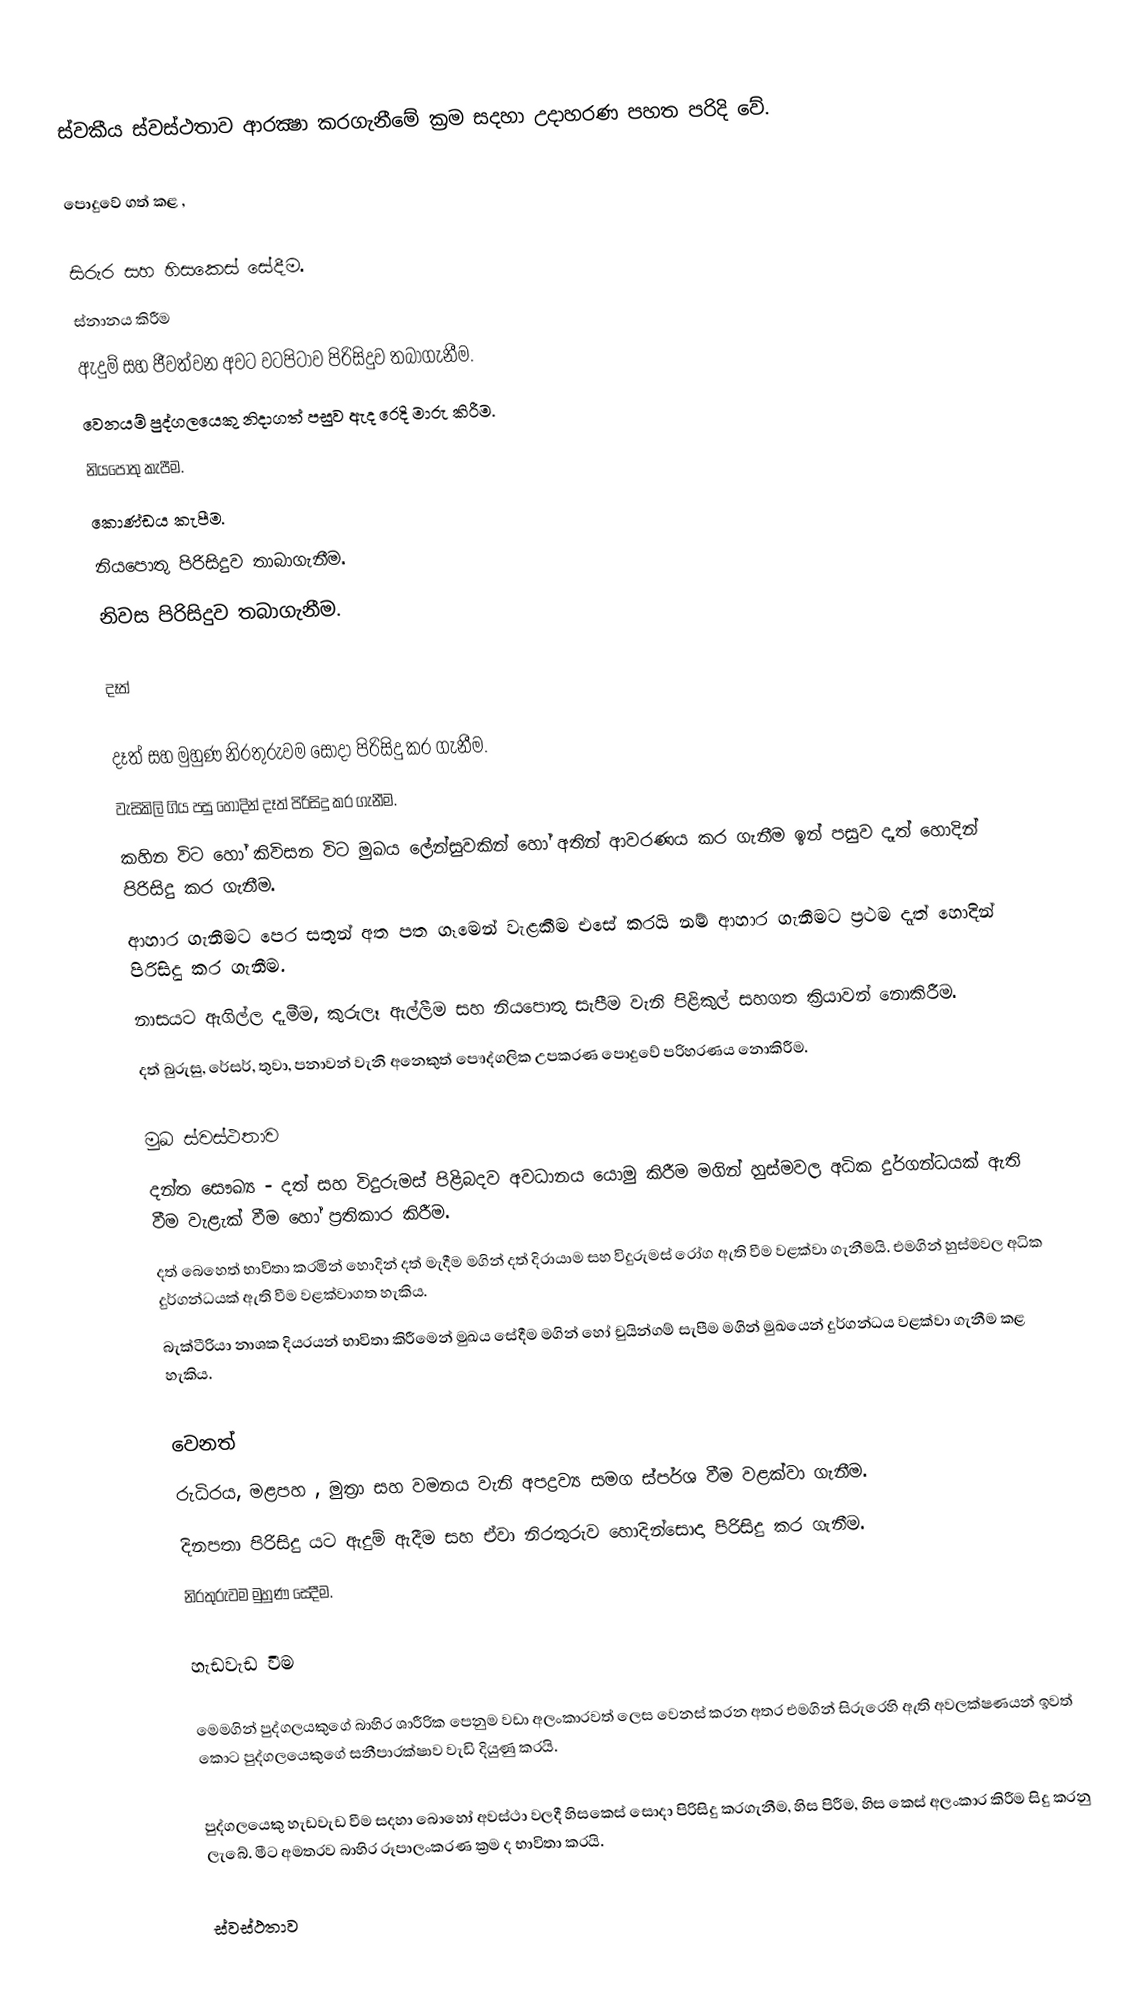
ස්වකීය ස්වස්ථතාව ආරක්‍ෂා කරගැනීමේ ක්‍රම සදහා උදාහරණ පහත පරිදි වේ.

පොදුවේ ගත් කළ ,

	සිරුර සහ හිසකෙස් සේදීම.
	ස්නානය කිරීම
	ඇදුම් සහ ජීවත්වන අවට වටපිටාව පිරිසිදුව තබාගැනීම.
	වෙනයම් පුද්ගලයෙකු නිදාගත් පසුව ඇද රෙදි මාරු කිරීම.
	නියපොතු කැපීම.
	කොණ්ඩය කැපීම.
	නියපොතු පිරිසිදුව තාබාගැනීම.
	නිවස පිරිසිදුව තබාගැනීම.

දෑත්

	දෑත් සහ මුහුණ නිරතුරුවම සොදා පිරිසිදු කර ගැනීම.
	වැසිකිලි ගිය පසු හොදින් දෑත් පිරිසිදු කර ගැනීම.
	කහින විට හෝ කිවිසන විට මුඛය ලේන්සුවකින් හෝ අතින් ආවරණය කර ගැනීම ඉන් පසුව දෑත් හොදින් පිරිසිදු කර ගැනීම.
	ආහාර ගැනීමට පෙර සතුන් අත පත ගෑමෙන් වැළකීම එසේ කරයි නම් ආහාර ගැනීමට ප්‍රථම දෑත් හොදින් පිරිසිදු කර ගැනීම.
	නාසයට ඇගිල්ල දෑමීම, කුරුලෑ ඇල්ලීම සහ නියපොතු සැපීම වැනි පිළිකුල් සහගත ක්‍රියාවන් නොකිරීම.
	දත් බුරුසු, රේසර්, තුවා, පනාවන් වැන‍ි අනෙකුත් පෞද්ගලික උපකරණ පොදුවේ පරිහරණය නොකිරීම.

මුඛ ‍ස්වස්ථතාව
	දන්ත සෞඛ්‍ය - දත් සහ විදුරුමස් පිළිබදව අවධානය යොමු කිරීම මගින් හුස්මවල අධික දුර්ගන්ධයක් ඇති වීම වැළැක් වීම හෝ ප්‍රතිකාර කිරීම.
	දත් බෙහෙත් භාවිතා කරමින් හොදින් දත් මැදීම මගින් දත් දිරායාම සහ විදුරුමස් රෝග ඇති වීම වළක්වා ගැනීමයි. එමගින් හුස්මවල අධික දුර්ගන්ධයක් ඇති වීම වළක්වාගත හැකිය.
	බැක්ටීරියා නාශක දියරයන් භාවිතා කිරීමෙන් මුඛය සේදීම මගින් හෝ චුයින්ගම් සැපීම මගින් මුඛයෙන් දුර්ගන්ධය වළක්වා ගැනීම කළ හැකිය.

වෙනත්
	රුධිරය, මළපහ , මුත්‍රා සහ වමනය වැනි අපද්‍රව්‍ය සමග ස්පර්ශ වීම වළක්වා ගැනීම.
	දිනපතා පිරිසිදු යට ඇදුම් ඇදීම සහ ඒවා නිරතුරුව හොදින්සොදා පිරිසිදු කර ගැනීම.
	නිරතුරුවම මුහුණ සේදීම.

හැඩවැඩ වීම

මෙමගින් පුද්ගලයකුගේ බාහිර ශාරීරික පෙනුම වඩා අලංකාරවත් ලෙස වෙනස් කරන අතර එමගින් සිරුරෙහි ඇති අවලක්ෂණයන් ඉවත් කොට පුද්ගලයෙකුගේ සනීපාරක්ෂාව වැඩි දියුණු කරයි.

පුද්ගලයෙකු හැඩවැඩ වීම සදහා බොහෝ අවස්ථා වලදී හිසකෙස් සොදා පිරිසිදු කරගැනීම, හිස පිරීම, හිස කෙස් අලංකාර කිරීම සිදු කරනු ලැබේ. මීට අමතරව බාහිර රූපාලංකරණ ක්‍රම ද භාවිතා කරයි.

ස්වස්ථතාව